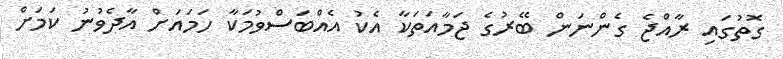
ގޮތުގައި ރާއްޖެ ގެންނަން ބޭރުގެ ޖަމާއަތަކާ އެކު އެއްބަސްވުމަކާ ހަމައަށް އާދެވުނު ކަމަށް